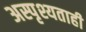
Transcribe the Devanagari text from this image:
अस्पृश्यताही